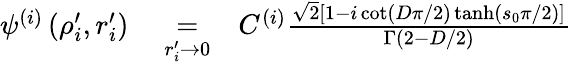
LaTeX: \begin{array}{rlr}{\psi^{(i)}\left(\rho_{i}^{\prime},r_{i}^{\prime}\right)}&{{}\underset{r_{i}^{\prime}\to 0}{=}}&{C^{(i)}\frac{\sqrt{2}\left[1-i\cot\left(D\pi/2\right)\operatorname{tanh}\left(s_{0}\pi/2\right)\right]}{\Gamma\left(2-D/2\right)}}\end{array}